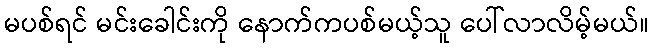
မပစ်ရင် မင်းခေါင်းကို နောက်ကပစ်မယ့်သူ ပေါ်လာလိမ့်မယ်။